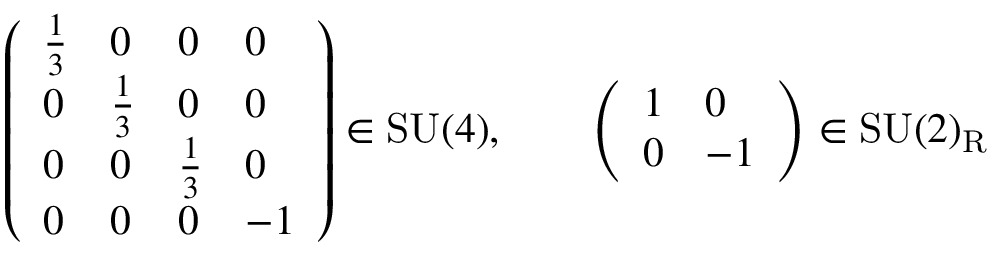
{ \left( \begin{array} { l l l l } { { \frac { 1 } { 3 } } } & { 0 } & { 0 } & { 0 } \\ { 0 } & { { \frac { 1 } { 3 } } } & { 0 } & { 0 } \\ { 0 } & { 0 } & { { \frac { 1 } { 3 } } } & { 0 } \\ { 0 } & { 0 } & { 0 } & { - 1 } \end{array} \right) } \in { \mathrm { S U } } ( 4 ) , \qquad { \left( \begin{array} { l l } { 1 } & { 0 } \\ { 0 } & { - 1 } \end{array} \right) } \in { \mathrm { S U } } ( 2 ) _ { \mathrm { R } }